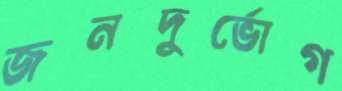
জনদুর্ভোগ